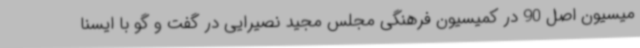
میسیون اصل 90 در کمیسیون فرهنگی مجلس مجید نصیرایی در گفت و گو با ایسنا